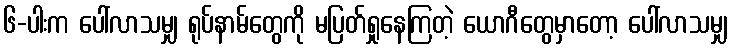
၆-ပါးက ပေါ်လာသမျှ ရုပ်နာမ်တွေကို မပြတ်ရှုနေကြတဲ့ ယောဂီတွေမှာတော့ ပေါ်လာသမျှ